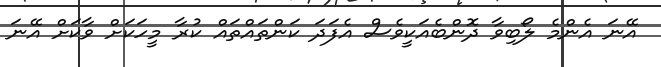
އޭނަ އެންމެ ލޯބިވާ ދޮންބެއަކީވެސް އެފަދަ ކަންތައްތައް ކުރާ މީހަކަށް ވާކަށް އޭނަ